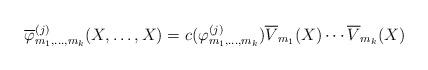
LaTeX: \begin{align*}\overline \varphi_{ m_1,\dots,m_k}^{(j)}(X,\dots ,X) &= c(\varphi^{(j)}_{m_1,\dots,m_k})\overline V_{m_1}(X)\cdots \overline V_{m_k}(X)\end{align*}